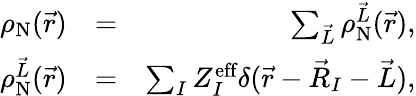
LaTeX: \begin{array}{rlr}{\rho_{\textrm{N}}(\vec{r})}&{=}&{\sum_{\vec{L}}\rho_{\textrm{N}}^{\vec{L}}(\vec{r}),}\\ {\rho_{\textrm{N}}^{\vec{L}}(\vec{r})}&{=}&{\sum_{I}Z_{I}^{\textrm{eff}}\delta(\vec{r}-\vec{R}_{I}-\vec{L}),}\end{array}